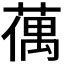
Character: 𦸲